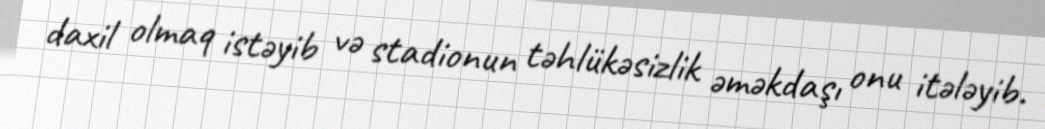
daxil olmaq istəyib və stadionun təhlükəsizlik əməkdaşı onu itələyib.